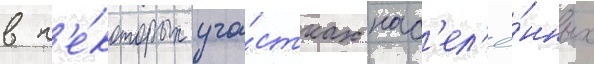
в н'е́которых уча́стках нас'ел'ё́нных